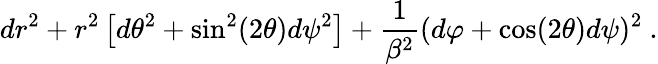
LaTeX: dr^{2}+r^{2}\left[d\theta^{2}+\sin^{2}(2\theta)d\psi^{2}\right]+\frac{1}{\beta^{2}}(d\varphi+\cos(2\theta)d\psi)^{2}~.